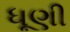
ધૂણી